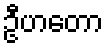
ဦဟတော